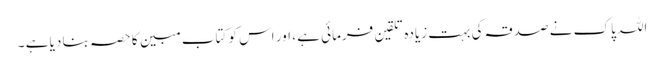
اللہ پاک نے صدقہ کی بہت زیادہ تلقین فرمائی ہے ، اور اس کو کتاب ِ مبین کا حصہ بنا دیا ہے ۔